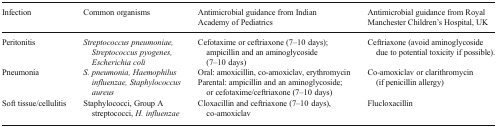
<table><thead><tr><td><b>Infection</b></td><td><b>Common organisms</b></td><td><b>Antimicrobial guidance from Indian Academy of Pediatrics</b></td><td><b>Antimicrobial guidance from Royal Manchester Children’s Hospital, UK</b></td></tr></thead><tbody><tr><td>Peritonitis</td><td><i>Streptococcus pneumoniae, Streptococcus pyogenes, Escherichia coli</i></td><td>Cefotaxime or ceftriaxone (7–10 days); ampicillin and an aminoglycoside (7–10 days)</td><td>Ceftriaxone (avoid aminoglycoside due to potential toxicity if possible).</td></tr><tr><td>Pneumonia</td><td><i>S. pneumonia, Haemophilus influenzae, Staphylococcus aureus</i></td><td>Oral: amoxicillin, co-amoxiclav, erythromycinParental: ampicillin and an aminoglycoside; or cefotaxime/ceftriaxone (7–10 days)</td><td>Co-amoxiclav or clarithromycin (if penicillin allergy)</td></tr><tr><td>Soft tissue/cellulitis</td><td>Staphylococci, Group A streptococci, <i>H. influenzae</i></td><td>Cloxacillin and ceftriaxone (7–10 days), co-amoxiclav</td><td>Flucloxacillin</td></tr></tbody></table>